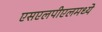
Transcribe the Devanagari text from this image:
एसएलपीएलमध्ये